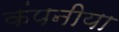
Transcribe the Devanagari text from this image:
कंपनीया